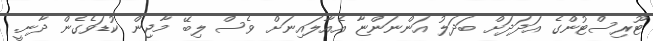
ޓޫރިސްޓުންގެ އަދަދަށް ބަދަލު އަންނަންޏާ އެއާލައިނަށް ވެސް ލިބޭ މާޖިން ކުޑަވެގެން ދާނީ.